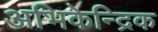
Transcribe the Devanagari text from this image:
अभिकेन्द्रिक